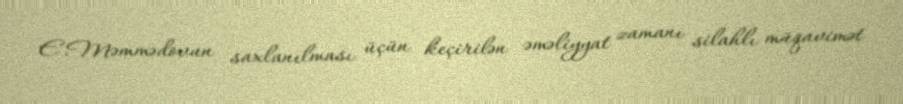
E.Məmmədovun saxlanılması üçün keçirilən əməliyyat zamanı silahlı müqavimət